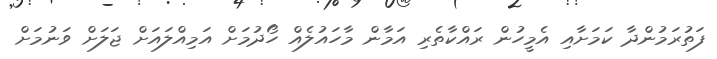
ފަތުރަމުންދާ ކަމަށާއި އެމީހުން ރައްކާތެރި އަމާން މާހައުލެއް ހޯދުމަށް އަމިއްލައަށް ޖަލަށް ވަނުމަށް